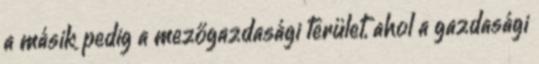
a másik pedig a mezőgazdasági terület, ahol a gazdasági